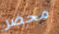
محضر